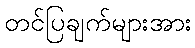
တင်ပြချက်များအား